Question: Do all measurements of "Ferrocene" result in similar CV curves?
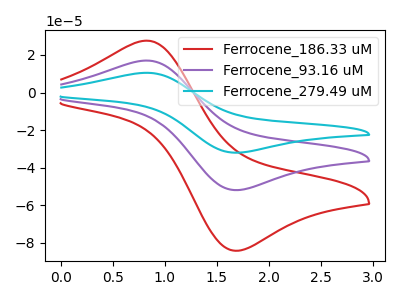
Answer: <think>The red curve "Ferrocene_186.33 uM" has an anodic peak at (0.80V, 27.60uA) and a cathodic peak at (1.70V, -84.20uA). The purple curve "Ferrocene_93.16 uM" has an anodic peak at (0.80V, 17.05uA) and a cathodic peak at (1.70V, -51.95uA). The cyan curve "Ferrocene_279.49 uM" has an anodic peak at (0.80V, 34.05uA) and a cathodic peak at (1.70V, -103.85uA).
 All the peaks in "Ferrocene_186.33 uM" have a peak in "Ferrocene_93.16 uM" at the same potential. Every peak in "Ferrocene_186.33 uM" is higher than every peak in "Ferrocene_93.16 uM". All the peaks in "Ferrocene_186.33 uM" have a peak in "Ferrocene_279.49 uM" at the same potential. Every peak in "Ferrocene_186.33 uM" is lower than every peak in "Ferrocene_279.49 uM". All the peaks in "Ferrocene_93.16 uM" have a peak in "Ferrocene_279.49 uM" at the same potential. Every peak in "Ferrocene_93.16 uM" is lower than every peak in "Ferrocene_279.49 uM".</think>
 <answer>All the CV's of "Ferrocene" have similar shape.</answer>
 <eval>follow_rule</eval>